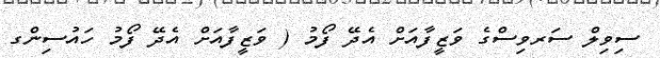
ސިވިލް ސަރވިސްގެ ވަޒީފާއަށް އެދޭ ފޯމު ( ވަޒީފާއަށް އެދޭ ފޯމު ހައުސިންގ